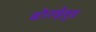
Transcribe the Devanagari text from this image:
बोल्ड्रेवुड